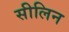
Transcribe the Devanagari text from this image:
सीलिन